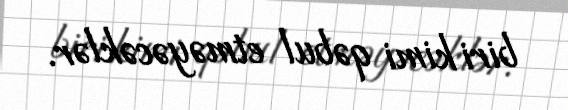
biri kimi qəbul etməyəcəklər.